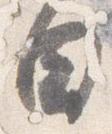
日